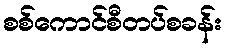
စစ်ကောင်စီတပ်စခန်း